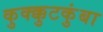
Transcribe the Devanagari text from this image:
कुक्क्कुटकुंबा